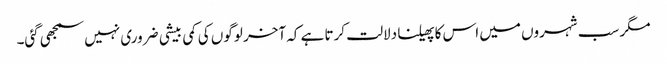
مگر سب شہروں میں اس کا پھیلنا دلالت کرتا ہے کہ آخر لوگوں کی کمی بیشی ضروری نہیں سمجھی گئی۔